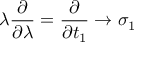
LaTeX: \lambda \frac { \partial } { \partial \lambda } = \frac { \partial } { \partial t _ { 1 } } \rightarrow \sigma _ { 1 }